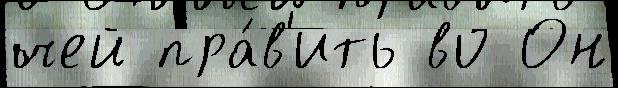
чей пра́в'ить во Он